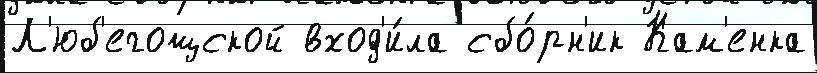
Л'юб'егощской вход'и́ла сбо́рн'ик Кам'енка